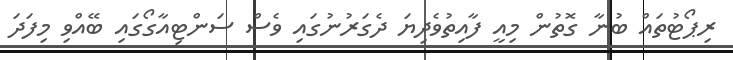
ރިޕޯޓުތައް ބުނާ ގޮތުން މިއީ ފާއިތުވެދިޔަ ދެގަރުނުގައި ވެސް ސަންޓިއާގޯގައި ބޭއްވި މިފަދަ